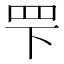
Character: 𬙖